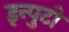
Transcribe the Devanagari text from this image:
इन्पुटों